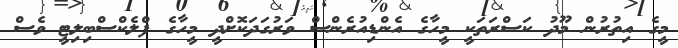
މީގެ އިތުރުން މޫދު ކަސްރަތަކީ މީހާގެ އެންޑިއުރެންސް ވަރުގަދަކޮށްދީ މީހާގެ ފްލެކްސްބިލިޓީ ވެސް